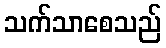
သက်သာစေသည်